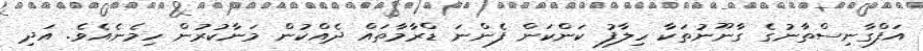
އަފްގާނިސްތާނުގެ ގާނޫނުތަކާ ހިލާފު ކަންކަން ފެެންނަ ޑްރާމާތައް ދެއްކުން މަނާކުރުން ހިމެނެއެެވެ. އަދި